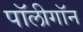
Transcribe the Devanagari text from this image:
पॉलीगॉन